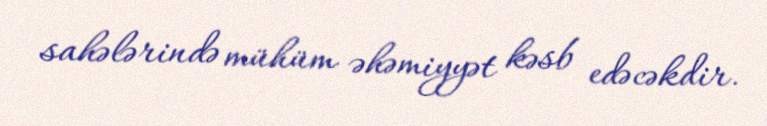
sahələrində mühüm əhəmiyyət kəsb edəcəkdir.